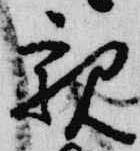
親